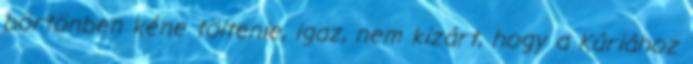
börtönben kéne töltenie, igaz, nem kizárt, hogy a Kúriához